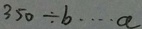
3 5 0 \div b \cdots a